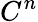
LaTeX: C^{n}